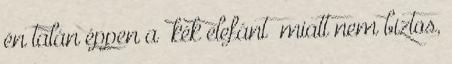
én talán éppen a “kék elefánt” miatt nem biztos,